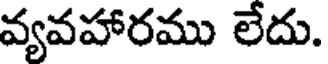
వ్యవహారము లేదు.